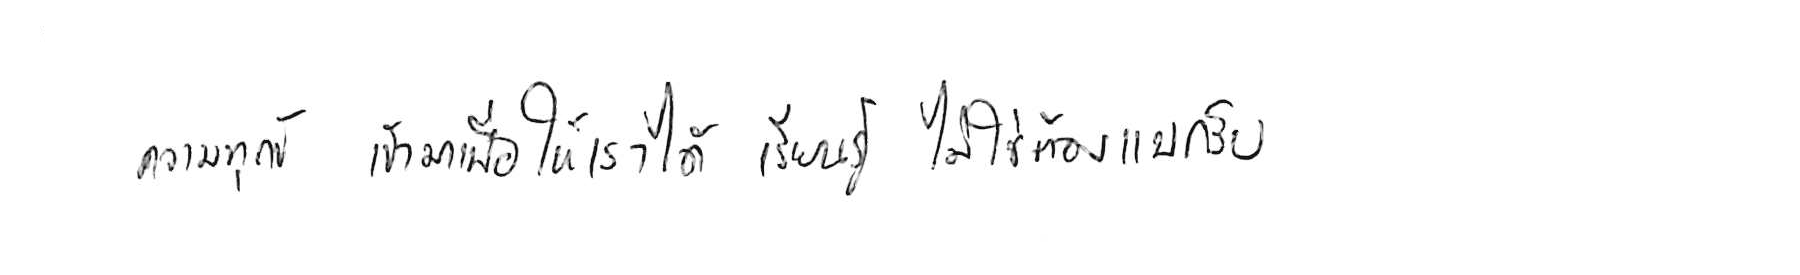
ความทุกข์ เข้ามาเพื่อให้เราได้ เรียนรู้ ไม่ใช่ต้อง แบกรับ